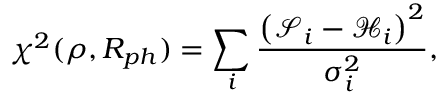
\chi ^ { 2 } ( \rho , R _ { p h } ) = \sum _ { i } \frac { \left( \mathcal { S } _ { i } - \mathcal { H } _ { i } \right) ^ { 2 } } { \sigma _ { i } ^ { 2 } } ,